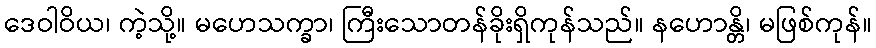
ဒေဝါဝိယ၊ ကဲ့သို့။ မဟေသက္ခာ၊ ကြီးသောတန်ခိုးရှိကုန်သည်။ နဟောန္တိ၊ မဖြစ်ကုန်။